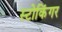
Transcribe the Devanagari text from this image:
स्टोकिंगर